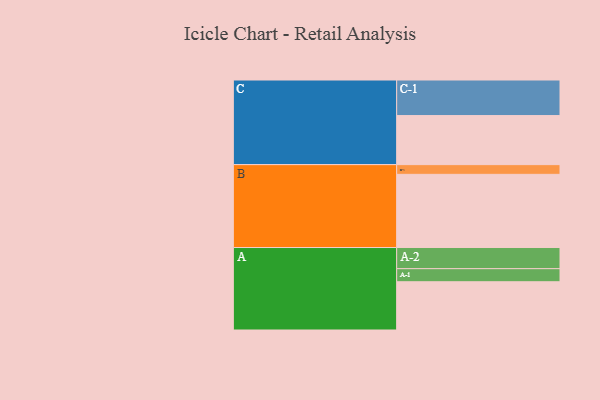
{"axis": {"x": "Segment", "y": "Value"}, "legend": ["", "A", "B", "C"], "data": [{"x": "A", "y": 358, "type": ""}, {"x": "B", "y": 543, "type": ""}, {"x": "C", "y": 364, "type": ""}, {"x": "A-1", "y": 97, "type": "A"}, {"x": "A-2", "y": 157, "type": "A"}, {"x": "B-1", "y": 72, "type": "B"}, {"x": "C-1", "y": 264, "type": "C"}]}